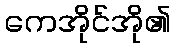
ကေအိုင်အို၏